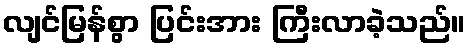
လျင်မြန်စွာ ပြင်းအား ကြီးလာခဲ့သည်။